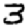
Digit: 3